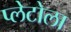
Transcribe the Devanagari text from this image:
प्लेटोला